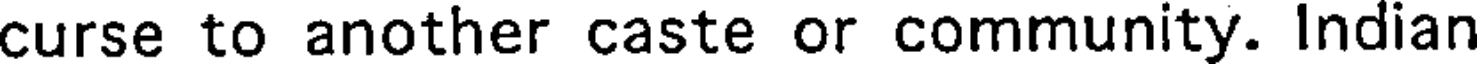
curse to another caste or community. Indian